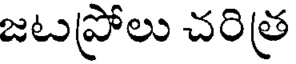
జటప్రోలు చరిత్ర